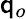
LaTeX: \mathsf{q}_{o}